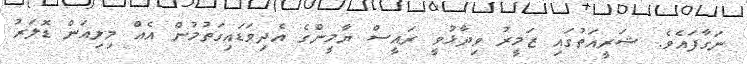
ނަގާފައެވެ. ޝަރީއަތުގައި ޒަމީރު ވިދާޅުވީ ރައީސް ޔާމީންގެ އެދިވަޑައިގަތުމުން އެއް މިލިއަން ޑޮލަރު